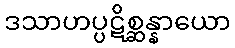
ဒသာဟပ္ပဋိစ္ဆန္နာယော